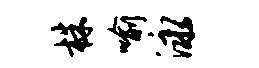
株喻泳